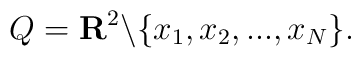
Q={\bf R}^2\backslash \{x_1,x_2,...,x_N\}.